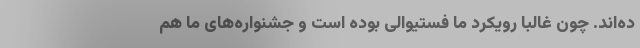
ده‌اند. چون غالبا رویکرد ما فستیوالی بوده است و جشنواره‌های ما هم